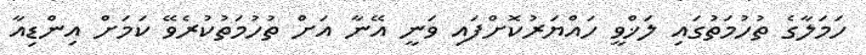
ހަމަލާގެ ތުހުމަތުގައި ލަޚްވީ ހައްޔަރުކޮށްފައި ވަނީ އޭނާ އަށް ތުހުމަތުކުރެވޭ ކަމަށް އިންޑިއާ